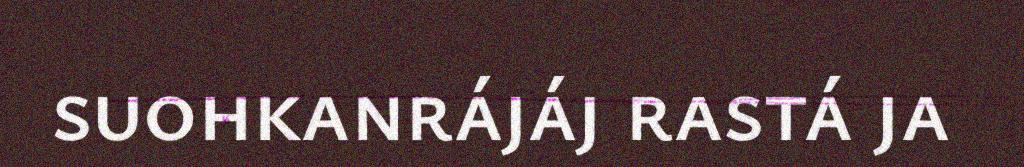
suohkanrájáj rastá ja